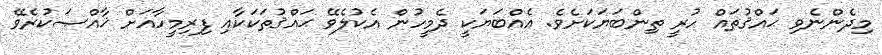
މިދެންނެވި ޙައްޤުތައް ހުރީ ތިންބަޔަކަށެވެ. އެއްބަޔަކީ ދެމީހުން އެކުލެވޭ ޙައްޤުތަކަކާއި ފިރިމީހާއަށް ޚާއްޞަކުރެވޭ